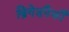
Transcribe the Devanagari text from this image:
ब्रिगेडपैकी